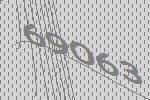
69063